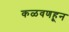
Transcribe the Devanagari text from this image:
कळवणहून